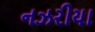
નઝરીયા